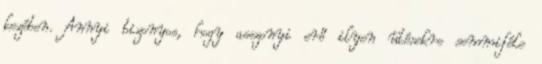
kezében. Annyi bizonyos, hogy asszonyi erő ilyen ütésekre semmiféle